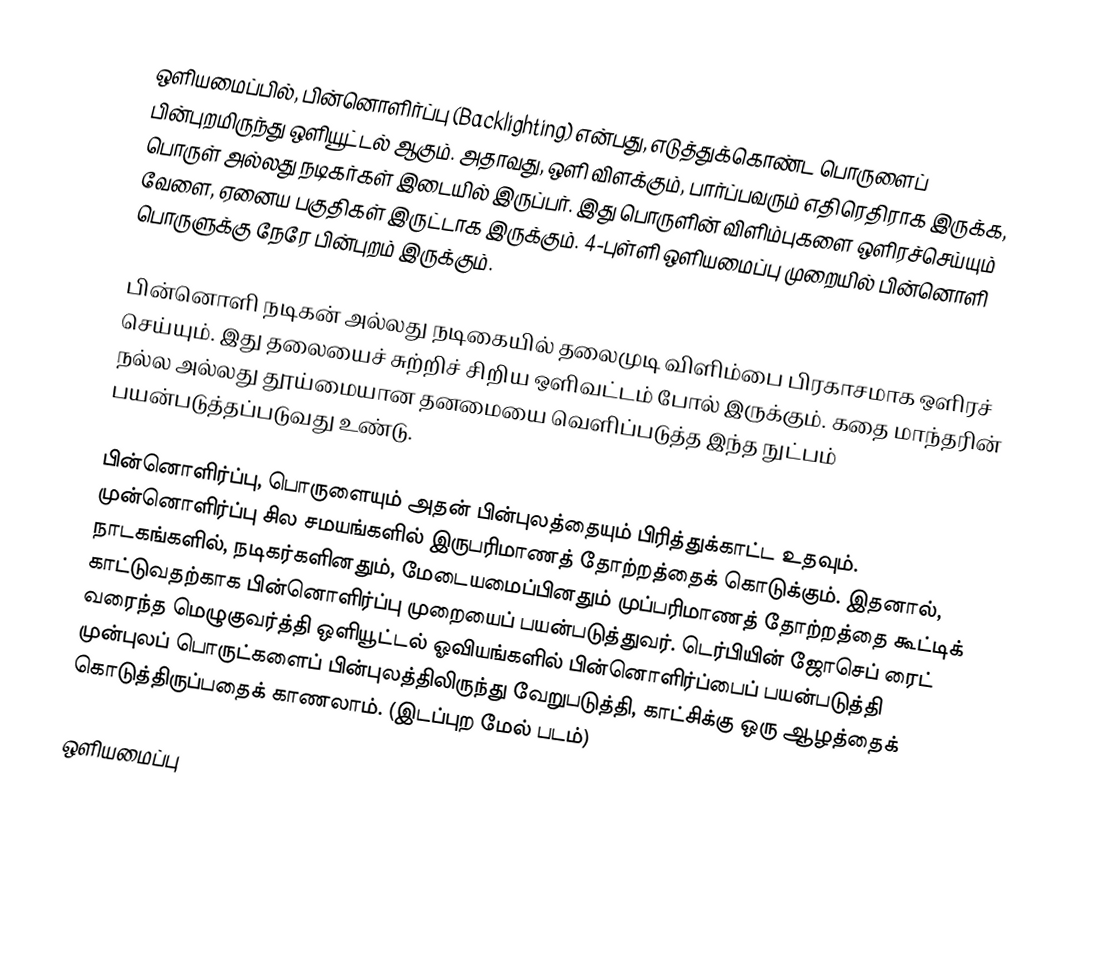
ஒளியமைப்பில், பின்னொளிர்ப்பு (Backlighting) என்பது, எடுத்துக்கொண்ட பொருளைப் பின்புறமிருந்து ஒளியூட்டல் ஆகும். அதாவது, ஒளி விளக்கும், பார்ப்பவரும் எதிரெதிராக இருக்க, பொருள் அல்லது நடிகர்கள் இடையில் இருப்பர். இது பொருளின் விளிம்புகளை ஒளிரச்செய்யும் வேளை, ஏனைய பகுதிகள் இருட்டாக இருக்கும். 4-புள்ளி ஒளியமைப்பு முறையில் பின்னொளி பொருளுக்கு நேரே பின்புறம் இருக்கும்.

பின்னொளி நடிகன் அல்லது நடிகையில் தலைமுடி விளிம்பை பிரகாசமாக ஒளிரச் செய்யும். இது தலையைச் சுற்றிச் சிறிய ஒளிவட்டம் போல் இருக்கும். கதை மாந்தரின் நல்ல அல்லது தூய்மையான தனமையை வெளிப்படுத்த இந்த நுட்பம் பயன்படுத்தப்படுவது உண்டு.

பின்னொளிர்ப்பு, பொருளையும் அதன் பின்புலத்தையும் பிரித்துக்காட்ட உதவும். முன்னொளிர்ப்பு சில சமயங்களில் இருபரிமாணத் தோற்றத்தைக் கொடுக்கும். இதனால், நாடகங்களில், நடிகர்களினதும், மேடையமைப்பினதும் முப்பரிமாணத் தோற்றத்தை கூட்டிக் காட்டுவதற்காக பின்னொளிர்ப்பு முறையைப் பயன்படுத்துவர். டெர்பியின் ஜோசெப் ரைட் வரைந்த மெழுகுவர்த்தி ஒளியூட்டல் ஓவியங்களில் பின்னொளிர்ப்பைப் பயன்படுத்தி முன்புலப் பொருட்களைப் பின்புலத்திலிருந்து வேறுபடுத்தி, காட்சிக்கு ஒரு ஆழத்தைக் கொடுத்திருப்பதைக் காணலாம். (இடப்புற மேல் படம்)

ஒளியமைப்பு